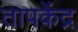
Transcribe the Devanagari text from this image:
तापकेंद्र